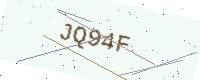
Text: JQ94F